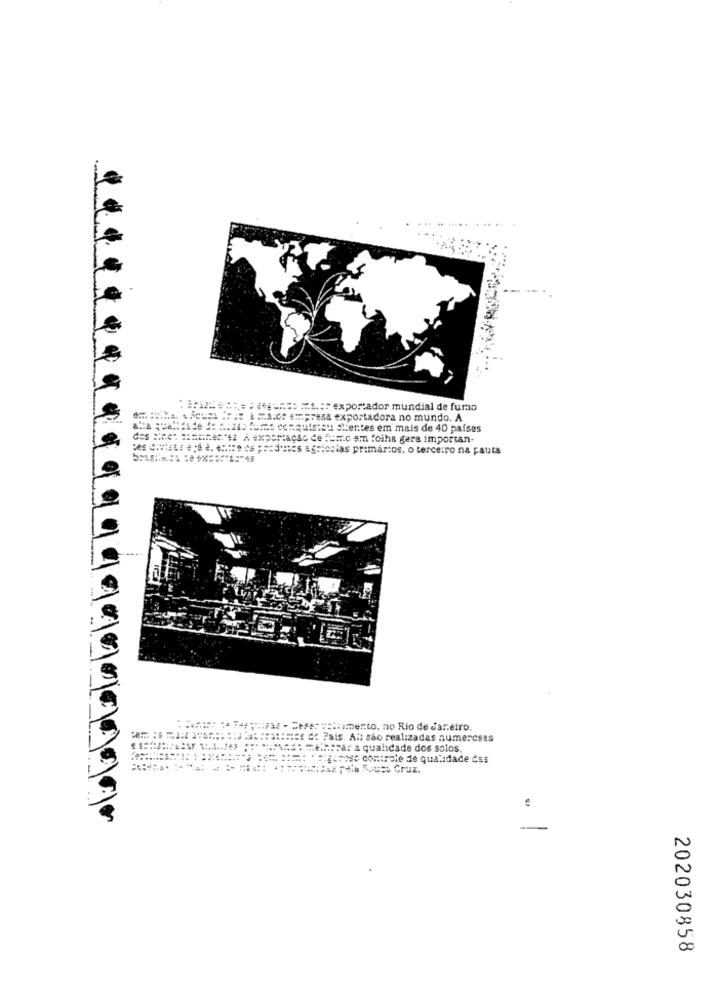
Winx ==== ======= ==== exportador mundial de fumao
Falarde laatste fuss conquistou =lentes em mais de 40 países
des #Ret ainunen*## A exportação de fair.c sm foiha gera importan-
ces Cithats ape e. ..: se ce ;sednes agricolas primários, o terceiro na pauta
.
1534 - See: *=: cimento. no Rio de dar.eiro.
::::== de Pais. Als são realizadas numercses
***** de melhorar a qualidade dos solos.
.oh chr: "Flicrose controle de qualidade das
La Pata Roues Cruz.
202030858